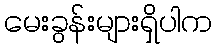
မေးခွန်းများရှိပါက